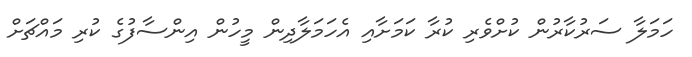
ހަމަލާ ސަރުކާރުން ކުށްވެރި ކުރާ ކަމަށާއި އެހަމަލާދިން މީހުން އިންސާފުގެ ކުރި މައްޗަށް